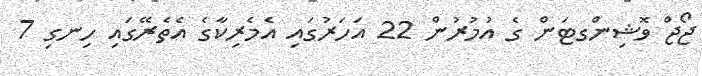
ޖޯޖް ވޮޝިންގޓަން ގެ އުމުރުން 22 އަހަރުގައި އެމެރިކާގެ އެތެރޭގައި ހިނގި 7